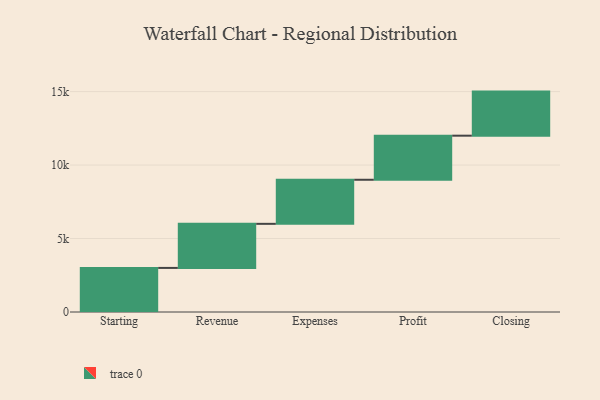
{"axis": {"x": "Step", "y": "Value"}, "legend": [""], "data": [{"x": "Starting", "y": 3000, "type": ""}, {"x": "Revenue", "y": 3000, "type": ""}, {"x": "Expenses", "y": 3000, "type": ""}, {"x": "Profit", "y": 3000, "type": ""}, {"x": "Closing", "y": 3000, "type": ""}]}